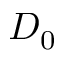
D _ { 0 }